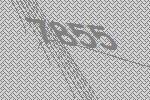
7855